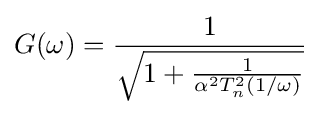
G(\omega )={\frac {1}{\sqrt {1+{\frac {1}{\alpha ^{2}T_{n}^{2}(1/\omega )}}}}}